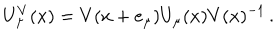
LaTeX: U _ { \mu } ^ { V } ( x ) = V ( x + e _ { \mu } ) U _ { \mu } ( x ) V ( x ) ^ { - 1 } \, .